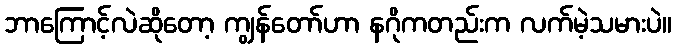
ဘာကြောင့်လဲဆိုတော့ ကျွန်တော်ဟာ နဂိုကတည်းက လက်မဲ့သမားပဲ။